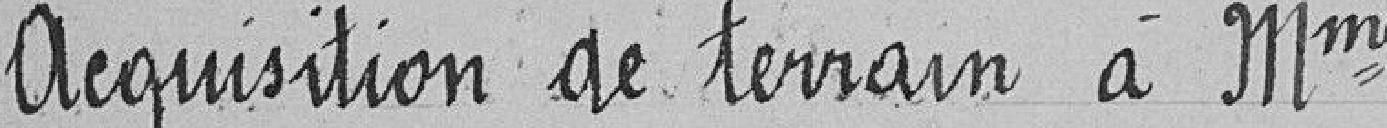
Acquisition de terrain à Mme